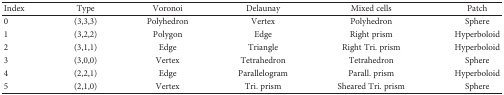
<table><thead><tr><td><b>Index</b></td><td><b>Type</b></td><td><b>Voronoi</b></td><td><b>Delaunay</b></td><td><b>Mixed cells</b></td><td><b>Patch</b></td></tr></thead><tbody><tr><td>0</td><td>(3,3,3)</td><td>Polyhedron</td><td>Vertex</td><td>Polyhedron</td><td>Sphere</td></tr><tr><td>1</td><td>(3,2,2)</td><td>Polygon</td><td>Edge</td><td>Right prism</td><td>Hyperboloid</td></tr><tr><td>2</td><td>(3,1,1)</td><td>Edge</td><td>Triangle</td><td>Right Tri. prism</td><td>Hyperboloid</td></tr><tr><td>3</td><td>(3,0,0)</td><td>Vertex</td><td>Tetrahedron</td><td>Tetrahedron</td><td>Sphere</td></tr><tr><td>4</td><td>(2,2,1)</td><td>Edge</td><td>Parallelogram</td><td>Parall. prism</td><td>Hyperboloid</td></tr><tr><td>5</td><td>(2,1,0)</td><td>Vertex</td><td>Tri. prism</td><td>Sheared Tri. prism</td><td>Sphere</td></tr></tbody></table>